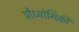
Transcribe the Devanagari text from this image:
प्रौध्योगिकी